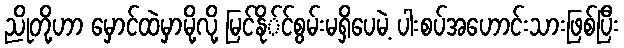
ညိုတို့ဟာ မှောင်ထဲမှာမို့လို့ မြင်နို်င်စွမ်းမရှိပေမဲ့ ပါးစပ်အဟောင်းသားဖြစ်ပြီး